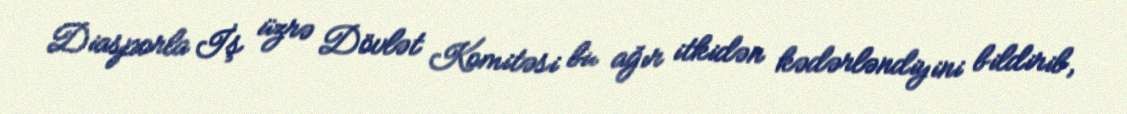
Diasporla İş üzrə Dövlət Komitəsi bu ağır itkidən kədərləndiyini bildirib,